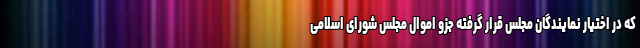
که در اختیار نمایندگان مجلس قرار گرفته جزو اموال مجلس شورای اسلامی